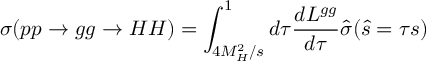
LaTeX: \sigma ( p p \to g g \to H H ) = \int _ { 4 M _ { H } ^ { 2 } / s } ^ { 1 } d \tau \frac { d { \cal L } ^ { g g } } { d \tau } \hat { \sigma } ( \hat { s } = \tau s )